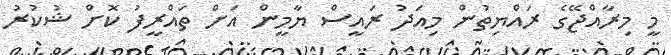
މީ މިރާއްޖޭގެ ރައްޔިތުން މިއަދު ރައީސް ޔާމީން އަށް ތައްރީފު ކޮށް ޝުކުރު